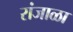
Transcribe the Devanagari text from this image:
रांजाळा